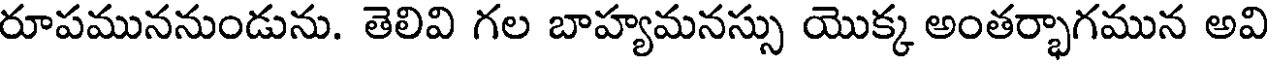
రూపముననుండును. తెలివి గల బాహ్యమనస్సు యొక్క అంతర్భాగమున అవి